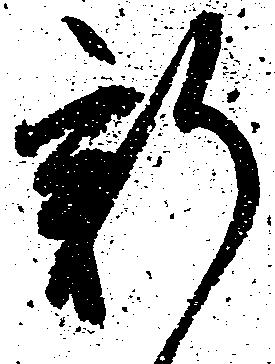
新